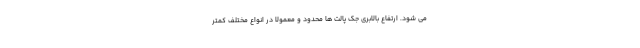
می شود. ارتفاع بالابری جک پالت ها محدود و معمولا در انواع مختلف کمتر